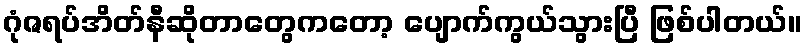
ဂုံဇရပ်အိတ်နီဆိုတာတွေကတော့ ပျောက်ကွယ်သွားပြီ ဖြစ်ပါတယ်။